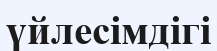
үйлесімдігі